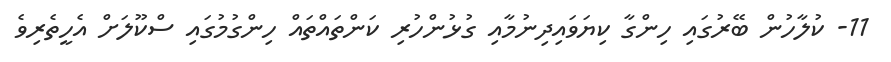
11- ކުލާހުން ބޭރުގައި ހިންގާ ކިޔަވައިދިނުމާއި ގުޅުންހުރި ކަންތައްތައް ހިންގުމުގައި ސްކޫލަށް އެހީތެރިވެ